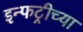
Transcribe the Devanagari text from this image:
इन्फट्रीच्या